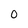
Character: 0